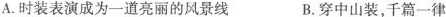
A.时装表演成为一道亮丽的风景线 B.穿中山装，千篇一律